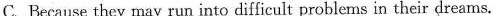
C.Because they may run into difficult problems in their dreams.